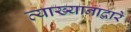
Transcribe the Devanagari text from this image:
व्याख्यानाद्वारे